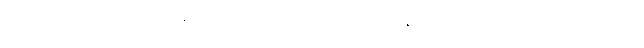
ဥတုသတံ၊ ဥတုတစ်ရာလည်းကောင်း။ ဝဿာနံ၊ မိုးဥတုတို့၏။ ဥတုသတံ၊